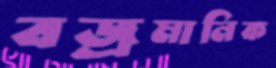
বজ্রমানিক